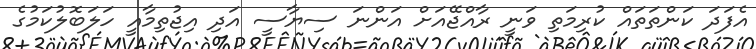
އެފަދަ ކަންތަތައް ކުރިމަތި ވަނީ ރާއްޖޭއަށް އަންނަ ސިޔާސީ އަދި އިޖުތިމާއީ ހަލަބޮލުކަމުގެ